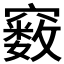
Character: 𥨧